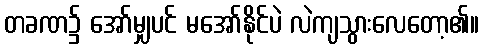
တခဏ၌ အော်မျှပင် မအော်နိုင်ပဲ လဲကျသွားလေတော့၏။